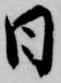
日